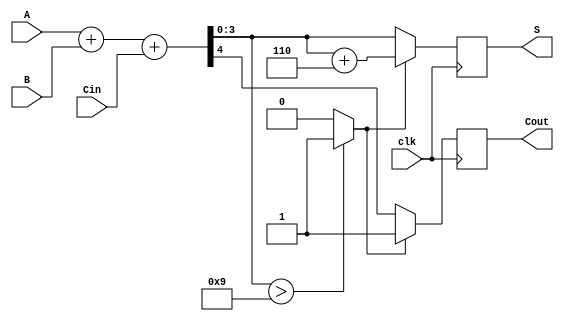
module BCD_Synchronous_Adder (
    input wire [3:0] A,      // First BCD digit
    input wire [3:0] B,      // Second BCD digit
    input wire clk,          // Clock signal
    input wire Cin,          // Carry-in for multi-digit addition
    output reg [3:0] S,      // BCD result
    output reg Cout          // Carry-out signal
);

    // Internal signals
    wire [4:0] Sum;          // 5-bit sum including carry
    wire [4:0] Corrected_Sum; // Corrected sum after BCD adjustment
    wire BCD_Correction;     // BCD correction flag

    // Binary addition
    assign Sum = A + B + Cin;

    // BCD correction logic
    assign BCD_Correction = (Sum[3:0] > 9) ? 1'b1 : 1'b0;

    // Corrected sum if BCD correction is needed
    assign Corrected_Sum = Sum + 5'b00110; // Add 6 (0110) for BCD correction

    // Sequential logic for output
    always @(posedge clk) begin
        if (BCD_Correction) begin
            S <= Corrected_Sum[3:0]; // Use corrected sum
            Cout <= 1'b1; // Set carry out
        end else begin
            S <= Sum[3:0]; // Use direct sum
            Cout <= Sum[4]; // Carry out from the addition
        end
    end

    // Reset logic (optional, can be added based on requirements)
    initial begin
        S = 4'b0000;
        Cout = 1'b0;
    end

endmodule